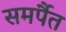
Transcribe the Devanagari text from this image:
समर्पैत